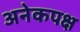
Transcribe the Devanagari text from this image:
अनेकपक्ष